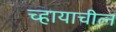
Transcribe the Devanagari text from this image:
च्हायाचीत्न